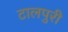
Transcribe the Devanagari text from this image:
टालपुरी